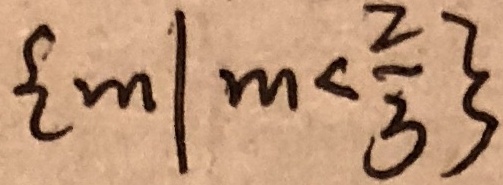
\{ m \vert m < \frac { 2 } { 3 } \}